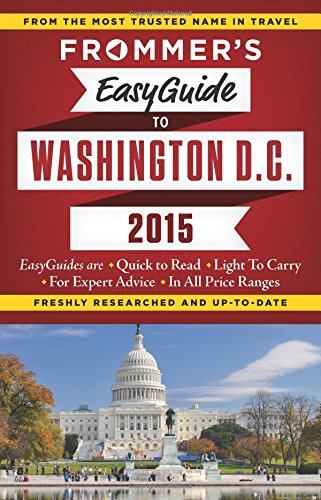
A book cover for Frommer's EasyGuide to Washington D.C. 2015 (Easy Guides); Elise Hartman Ford; Travel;